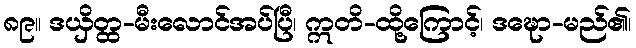
၈၉။ ဒယှိတ္ထ-မီးလောင်အပ်ပြီ၊ ဣတိ-ထို့ကြောင့်၊ ဒဍ္ဎော-မည်၏၊